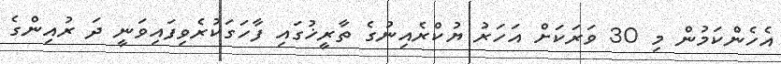
އެހެންކަމުން މި 30 ވަރަކަށް އަހަރު ޔުކްރެއިނުގެ ތާރީޚުގައި ފާހަގަކުރެވިފައިވަނީ ދަ ރުއިންގެ